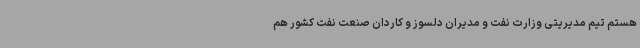
هستم تیم مدیریتی وزارت نفت و مدیران دلسوز و کاردان صنعت نفت کشور هم